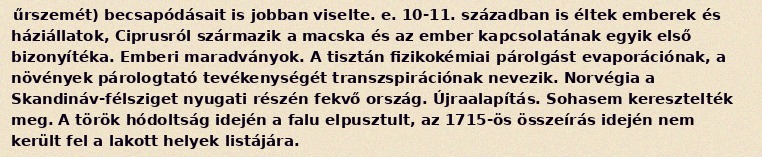
űrszemét) becsapódásait is jobban viselte. e. 10-11. században is éltek emberek és háziállatok, Ciprusról származik a macska és az ember kapcsolatának egyik első bizonyítéka. Emberi maradványok. A tisztán fizikokémiai párolgást evaporációnak, a növények párologtató tevékenységét transzspirációnak nevezik. Norvégia a Skandináv-félsziget nyugati részén fekvő ország. Újraalapítás. Sohasem keresztelték meg. A török hódoltság idején a falu elpusztult, az 1715-ös összeírás idején nem került fel a lakott helyek listájára.